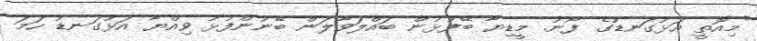
"މިއޮތީ އަޅުގަނޑުގެ ފޯނު. މީޑިޔާ ބޭފުޅުން ބައްލަވާލަން ބޭނުންފުޅު ވިއްޔާ އަޅުގަނޑު ހަމަ